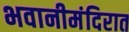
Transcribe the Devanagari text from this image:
भवानीमंदिरात